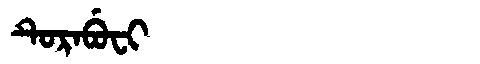
Manchu: ᡨᡠᡵᠠᠪᡠᠸᡳ
Romanization: TURABUFI